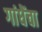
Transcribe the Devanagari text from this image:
गांधेंचा